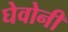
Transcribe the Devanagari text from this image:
घेवोनी